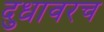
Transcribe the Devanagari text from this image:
दुधावरच